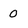
Character: 0